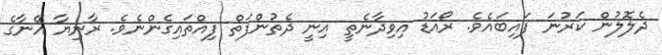
ދެލޮލުން ކަރުނަ ފައިބައެވެ. ރޯއަޑު އިވިދާނެތީ އިނީ ދެތުންފަތް ފިއްތައިގެންނެވެ. ރާނިޔާ އޭނާގެ